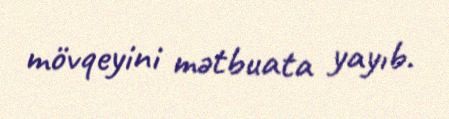
mövqeyini mətbuata yayıb.